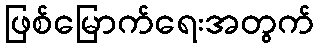
ဖြစ်မြောက်ရေးအတွက်